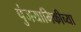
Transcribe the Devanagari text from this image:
पुंजयामिकीच्या